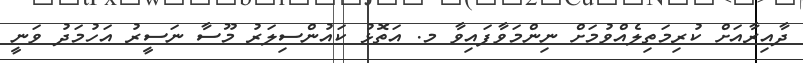
ދާއިރާއަށް ކުރިމަތިލެއްވުމަށް ނިންމަވާފައިވާ މ. އަތޮޅު ކައުންސިލަރު މޫސާ ނަސީރު އަހުމަދު ވަނީ